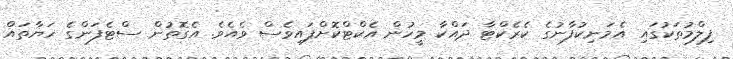
ފިލްމުތަކުގައި އެމަނިކުފާނުގެ ކެރެކްޓާ ދައްކާ މީހުން އެކްޓްކޮށްފައިވެސް ވެއެވެ. އެގޮތުން ސްޓެފަންގެ ހަޔާތައް